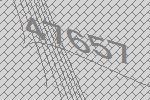
47657